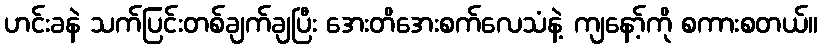
ဟင်းခနဲ သက်ပြင်းတစ်ချက်ချပြီး အေးတိအေးစက်လေသံနဲ့ ကျနော့်ကို စကားစတယ်။